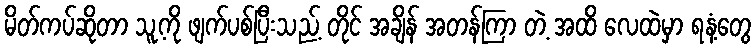
မိတ်ကပ်ဆိုတာ သူ့ကို ဖျက်ပစ်ပြီးသည့် တိုင် အချိန် အတန်ကြာ တဲ့ အထိ လေထဲမှာ ရနံ့တွေ